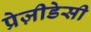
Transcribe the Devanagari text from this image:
प्रेज़ीडेसी